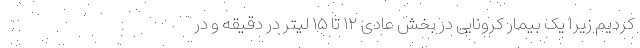
کردیم زیرا یک بیمار کرونایی در بخش عادی ۱۲ تا ۱۵ لیتر در دقیقه و در